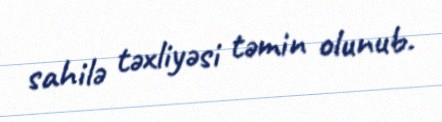
sahilə təxliyəsi təmin olunub.